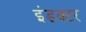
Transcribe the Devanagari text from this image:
इंडक्टर